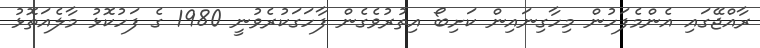
ރާއްޖޭގައި އެންމެފަހުން މިހާގިނައިން ކަށިބޯ އިތުރުވެގެން ފާހަގަކުރެވުނީ 1980 ގެ ފަހުކޮޅު މާލެއަތޮޅު